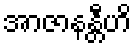
အာဇာနန္တီဟိ